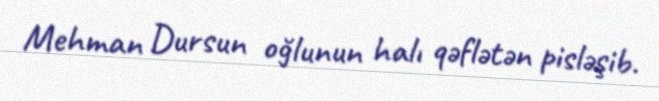
Mehman Dursun oğlunun halı qəflətən pisləşib.